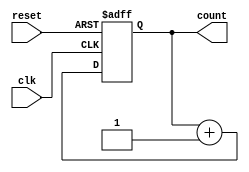
module binary_counter
(
    input clk,
    input reset,
    output [3:0] count
);

reg [3:0] count_reg;

always @(posedge clk or posedge reset)
begin
    if (reset)
        count_reg <= 4'b0000; // Reset to zero
    else
        count_reg <= count_reg + 1; // Increment by one
end

assign count = count_reg;

endmodule